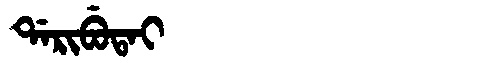
Manchu: ᡩᠠᡵᡳᠪᡠᡨᠠᡳ
Romanization: DARIBUTAI